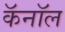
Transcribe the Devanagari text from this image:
कॅनाॅल